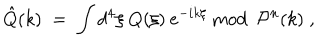
LaTeX: \hat { Q } ( k ) \; = \; \int d ^ { 4 } \xi \: Q ( \xi ) \: e ^ { - i k \xi } { \mathrm { ~ m o d ~ } } \: { \mathcal { P } } ^ { n } ( k ) \; ,